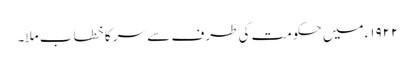
١٩٢٢ء میں حکومت کی طرف سے سر کا خطاب ملا۔